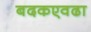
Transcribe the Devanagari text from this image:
बदकएवढा